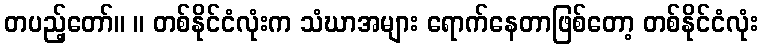
တပည့်တော်။ ။ တစ်နိုင်ငံလုံးက သံဃာအများ ရောက်နေတာဖြစ်တော့ တစ်နိုင်ငံလုံး